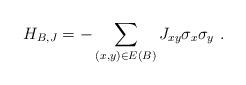
LaTeX: \begin{align*}H_{B,J}= \space -\sum_{(x,y) \in E(B)}J_{xy}\sigma_{x}\sigma_{y} \ .\end{align*}